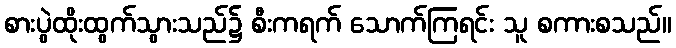
စားပွဲထိုးထွက်သွားသည်၌ စီးကရက် သောက်ကြရင်း သူ စကားစသည်။